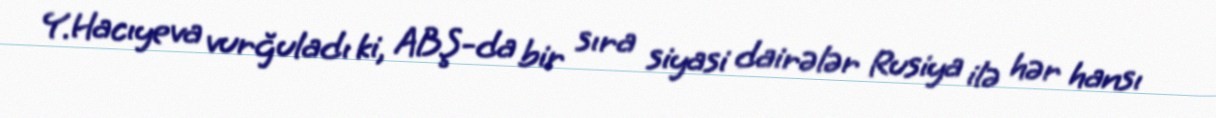
Y.Hacıyeva vurğuladı ki, ABŞ-da bir sıra siyasi dairələr Rusiya ilə hər hansı